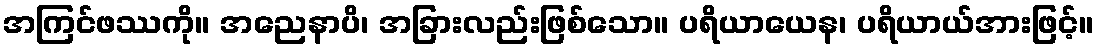
အကြင်ဖဿကို။ အညေနာပိ၊ အခြားလည်းဖြစ်သော။ ပရိယာယေန၊ ပရိယာယ်အားဖြင့်။